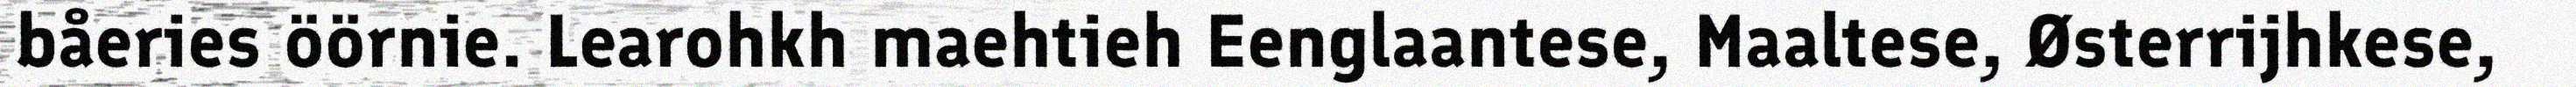
båeries öörnie. Learohkh maehtieh Eenglaantese, Maaltese, Østerrijhkese,